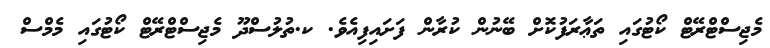
މެޖިސްޓްރޭޓް ކޯޓުގައި ތަޢާރަފުކޮށް ބޭނުން ކުރާން ފަށައިފިއެވެ. ކ.ތުލުސްދޫ މެޖިސްޓްރޭޓް ކޯޓުގައި މެމްސް